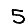
Digit: 5